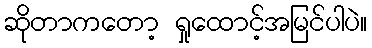
ဆိုတာကတော့ ရှုထောင့်အမြင်ပါပဲ။